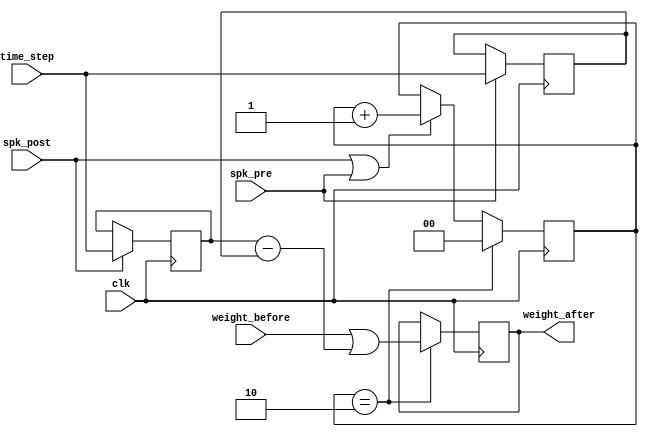
module stdp(
  // Inputs
  clk,
  spk_pre,
  spk_post,
  time_step,
  weight_before,
  //Output
  weight_after
  );
  
  //Input declarations
  input clk;
  input spk_pre;
  input spk_post;
  input [7:0] time_step;
  input [7:0] weight_before;
  
  //Output declarations
  output reg [7:0] weight_after;

  //Intermediate Wires and Registers
  reg [1:0] spks_cnt;
  reg [7:0] time_step_post;
  reg [7:0] time_step_pre;
  wire [7:0] time_step_diff;

  assign time_step_diff = time_step_post - time_step_pre;

  always @(posedge clk) begin
    if (spk_post | spk_pre) begin
      spks_cnt <= spks_cnt + 1;
    end
    if (spk_post) begin
      time_step_post <= time_step;
    end
    if (spk_pre) begin
      time_step_pre <= time_step;
    end

    if (spks_cnt == 2'b10) begin
      spks_cnt <= 2'b00;
      if (time_step_pre < time_step_post) begin
        weight_after <= weight_before | time_step_diff;
      end
      else begin
        weight_after <= weight_before | time_step_diff;
      end
    end
  end
endmodule